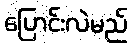
ပြောင်းလဲမည်